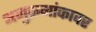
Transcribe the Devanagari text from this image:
अनुक्रमांकावर